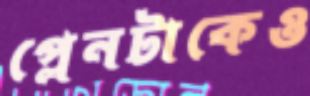
প্লেনটাকেও